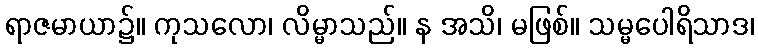
ရာဇမာယာ၌။ ကုသလော၊ လိမ္မာသည်။ န အသိ၊ မဖြစ်။ သမ္မပေါရိသာဒ၊